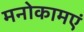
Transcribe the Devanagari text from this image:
मनोकामएं